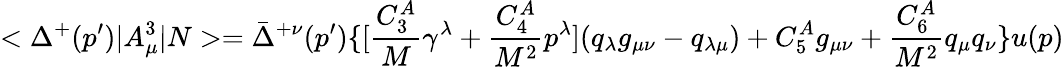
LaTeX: <\Delta^{+}(p^{\prime})|A_{\mu}^{3}|N>=\bar{\Delta}^{+\nu}(p^{\prime})\{ [{\frac{C_{3}^{A}}{M}}\gamma^{\lambda}+{\frac{C_{4}^{A}}{M^{2}}}p^{\lambda}](q_{\lambda}g_{\mu\nu}-q_{\lambda\mu})+C_{5}^{A}g_{\mu\nu}+{\frac{C_{6}^{A}}{M^{2}}}q_{\mu}q_{\nu}\} u(p)